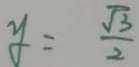
y = \frac { \sqrt { 3 } } { 2 }